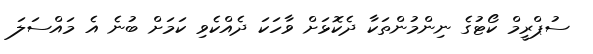
ސުޕްރީމް ކޯޓުގެ ނިންމުންތަކާ ދެކޮޅަށް ވާހަކަ ދެއްކެވި ކަމަށް ބުނެ އެ މައްސަލަ